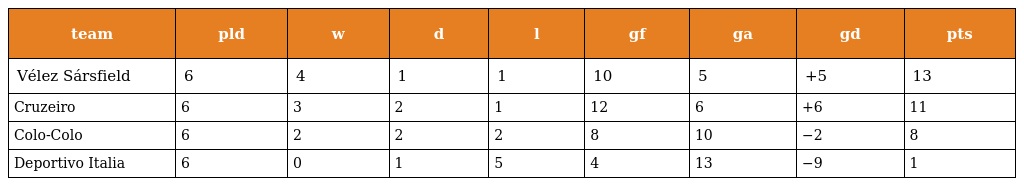
| team | pld | w | d | l | gf | ga | gd | pts |
 | --- | --- | --- | --- | --- | --- | --- | --- | --- |
 | Vélez Sársfield | 6 | 4 | 1 | 1 | 10 | 5 | +5 | 13 |
 | Cruzeiro | 6 | 3 | 2 | 1 | 12 | 6 | +6 | 11 |
 | Colo-Colo | 6 | 2 | 2 | 2 | 8 | 10 | −2 | 8 |
 | Deportivo Italia | 6 | 0 | 1 | 5 | 4 | 13 | −9 | 1 |